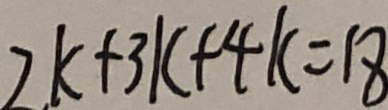
2 k + 3 k + 4 k = 1 8